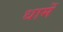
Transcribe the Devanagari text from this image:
धामें